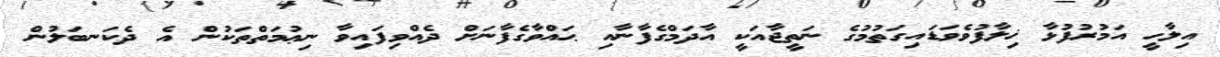
އިލާހީ އަމުރުފުޅާ ޚިލާފުވެވަޑައިގަތުމުގެ ނަތީޖާއަކީ އާދަމްގެފާނާއި ޙައްވާގެފާނަށް ދެއްވިފައިވާ ނިޢުމަތްތަކުން އެ ދެކަނބަލުން